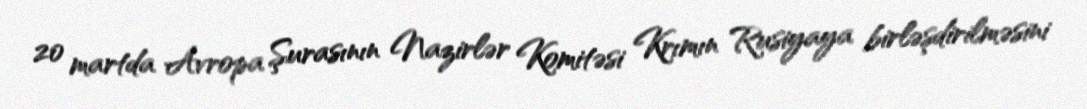
20 martda Avropa Şurasının Nazirlər Komitəsi Krımın Rusiyaya birləşdirilməsini